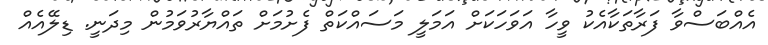
އެއްބަސްވާ ފަރާތަކާއެކު ވީހާ އަވަހަކަށް އަމަލީ މަސައްކަތް ފެށުމަށް ތައްޔާރުވަމުން މިދަނީ. ޑިލޭއެއް